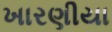
ખારણીયા